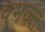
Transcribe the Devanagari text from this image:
वभक्त